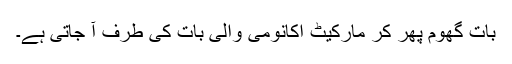
بات گھوم پھر کر مارکیٹ اکانومی والی بات کی طرف آ جاتی ہے۔